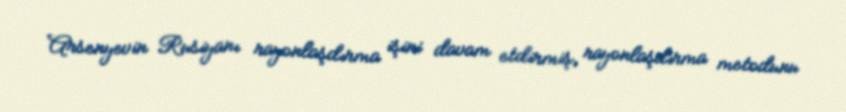
Arsenyevin Rusiyanı rayonlaşdırma işini davam etdirmiş, rayonlaşdırma metodunu